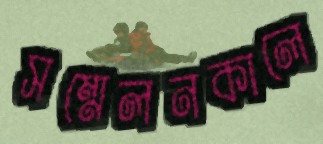
সম্মেলনকালে